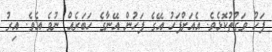
ފަހު ވަގުތުކޮޅެވެ. އެއަށްފަހު އޭގެ ފަހުން އޭނާގެ ހަބަރެއް ނުވެ އެވެ. އިރު